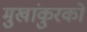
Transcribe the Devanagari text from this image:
मुखांकुरकों